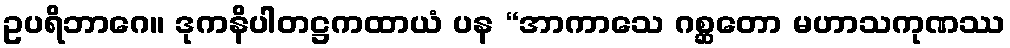
ဥပရိဘာဂေ။ ဒုကနိပါတဋ္ဌကထာယံ ပန “အာကာသေ ဂစ္ဆတော မဟာသကုဏဿ